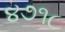
૪૭૧૮